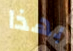
بهذا